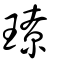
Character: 璙